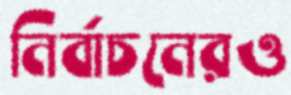
নির্বাচনেরও